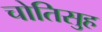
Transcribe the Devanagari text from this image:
चोतिसुह